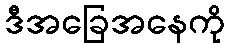
ဒီအခြေအနေကို